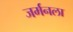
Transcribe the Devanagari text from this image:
जर्मनला